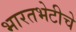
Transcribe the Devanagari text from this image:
भारतभेटीचे